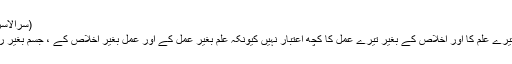
(سرالاسرار فصل نمبر 8)
* عمل کے بغیر تیرے علم کا اور اخلاص کے بغیر تیرے عمل کا کچھ اعتبار نہیں کیونکہ علم بغیر عمل کے اور عمل بغیر اخلاص کے ، جسم بغیر روح کی طرح ہیں۔